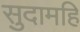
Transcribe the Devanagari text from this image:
सुदामहि